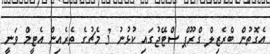
އެގޮތުން ބްރެޒިލް ގްރޫޕް ސްޓޭޖުގައި ކުޅުނު 3 މެޗުގެ ތެރެއިން އެޓީމް ވަނީ